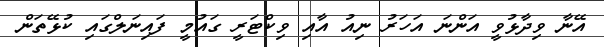
އޭނާ ވިދާޅުވީ އަންނަ އަހަރު ނިއު އާއި ވިކްޓަރީ ގައުމީ ފައިނަލްގައި ކުޅޭތަން